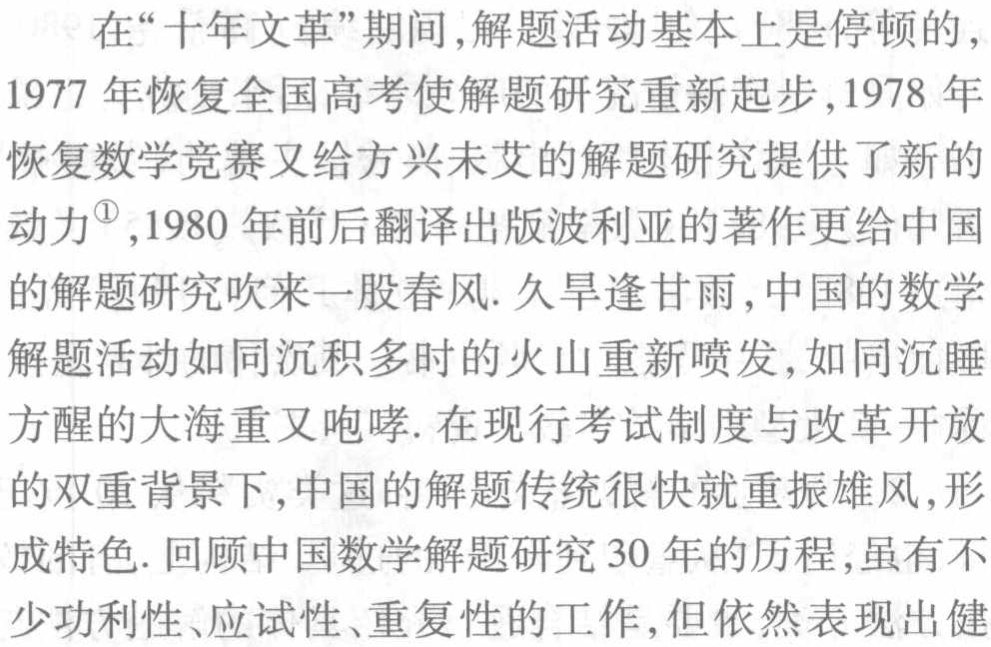
在“十年文革”期间,解题活动基本上是停顿的,
1977 年恢复全国高考使解题研究重新起步,1978 年
恢复数学竞赛又给方兴未艾的解题研究提供了新的
动力$^{\circled{1}}$,1980 年前后翻译出版波利亚的著作更给中国
的解题研究吹来一股春风. 久旱逢甘雨,中国的数学
解题活动如同沉积多时的火山重新喷发,如同沉睡
方醒的大海重又咆哮. 在现行考试制度与改革开放
的双重背景下,中国的解题传统很快就重振雄风,形
成特色. 回顾中国数学解题研究 30 年的历程,虽有不
少功利性、应试性、重复性的工作,但依然表现出健